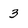
Character: 3